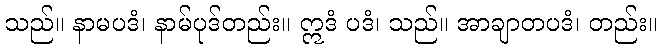
သည်။ နာမပဒံ၊ နာမ်ပုဒ်တည်း။ ဣဒံ ပဒံ၊ သည်။ အာချာတပဒံ၊ တည်း။